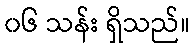
၀၆ သန်း ရှိသည်။